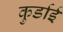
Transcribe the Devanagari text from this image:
कुर्डाई